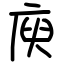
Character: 庾